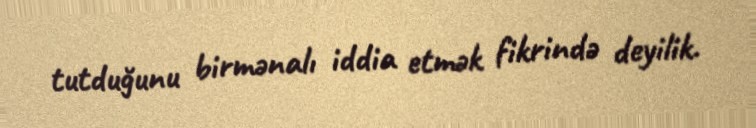
tutduğunu birmənalı iddia etmək fikrində deyilik.